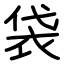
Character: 袋